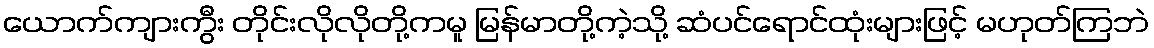
ယောက်ကျားကွီး တိုင်းလိုလိုတို့ကမူ မြန်မာတို့ကဲ့သို့ ဆံပင်ရောင်ထုံးများဖြင့် မဟုတ်ကြဘဲ